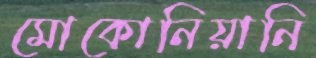
মোকোনিয়ানি